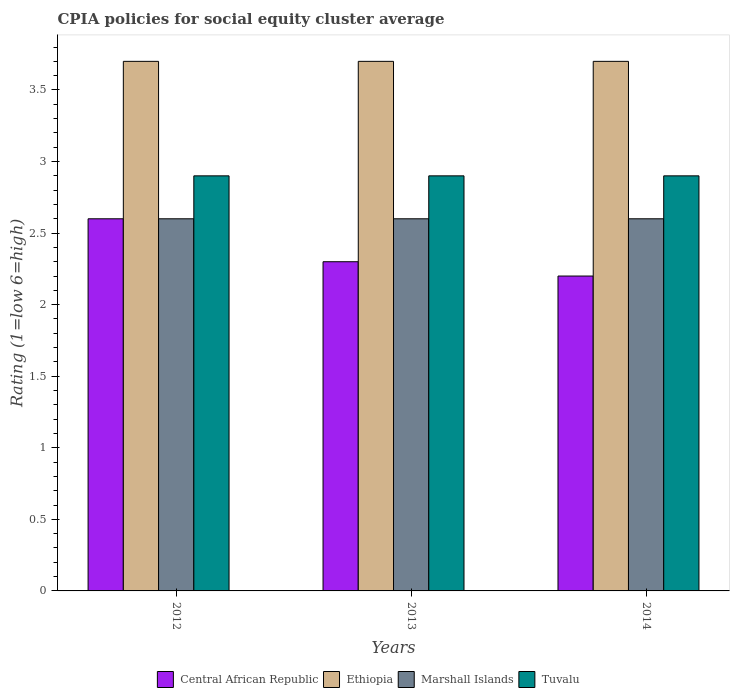
| Years | Central African Republic | Ethiopia | Marshall Islands | Tuvalu |
 | --- | --- | --- | --- | --- |
 | 2012 | 2.6 | 3.7 | 2.6 | 2.9 |
 | 2013 | 2.3 | 3.7 | 2.6 | 2.9 |
 | 2014 | 2.2 | 3.7 | 2.6 | 2.9 |